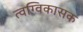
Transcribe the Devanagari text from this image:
त्वग्विकासक